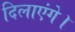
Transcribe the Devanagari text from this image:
दिलाएंगे।